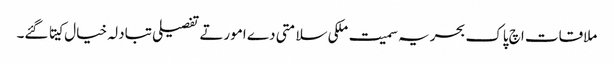
ملاقات اچ پاک بحریہ سمیت ملکی سلامتی دے امورتے تفصیلی تبادلہ خیال کیتا گئے۔